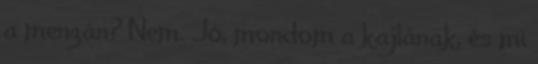
a menzán? Nem. Jó, mondom a kajlának, és mi